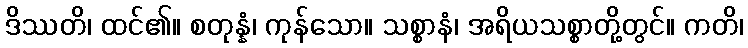
ဒိဿတိ၊ ထင်၏။ စတုန္နံ၊ ကုန်သော။ သစ္စာနံ၊ အရိယသစ္စာတို့တွင်။ ကတိ၊